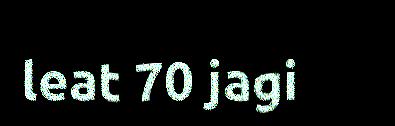
leat 70 jagi